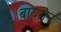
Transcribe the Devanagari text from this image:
बायरोन